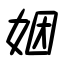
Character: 姻